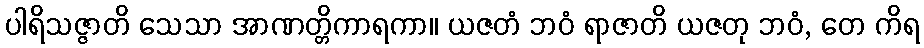
ပါရိသဇ္ဇာတိ သေသာ အာဏတ္တိကာရကာ။ ယဇတံ ဘဝံ ရာဇာတိ ယဇတု ဘဝံ, တေ ကိရ